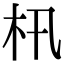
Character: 㭄